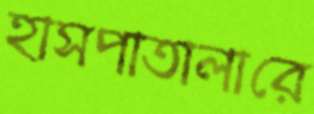
হাসপাতালারে